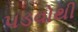
પડવોથી